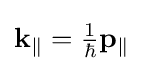
\mathbf {k} _{\Vert }={\tfrac {1}{\hbar }}\mathbf {p} _{\Vert }